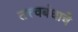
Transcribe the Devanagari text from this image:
तत्त्वबंधाचे